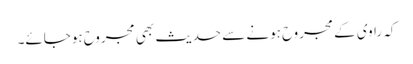
کہ راوی کے مجروح ہونے سے حدیث بھی مجروح ہوجائے۔